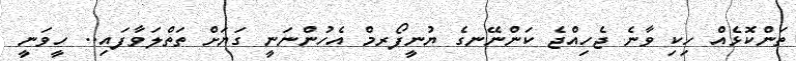
ތަންކޮޅެއް ހިކި ވާނެ ޖެހިއްޖެ ކަންނޭނގެ ޔުނީފޯރމް އެހުންނަނީ ގަޔަށް ތަތްލަވާފައި.. ހީވަނީ